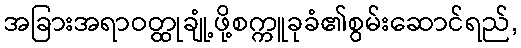
အခြားအရာဝတ္ထုချုံ့ဖို့စက္ကူခုခံ၏စွမ်းဆောင်ရည်,